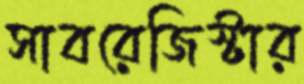
সাবরেজিস্টার